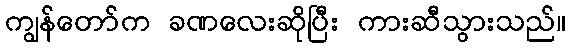
ကျွန်တော်က ခဏလေးဆိုပြီး ကားဆီသွားသည်။